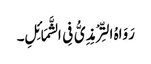
رَوَاہُ التِّرْمِذِیُّ فِی الشَّمَائِلِ۔